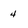
Character: 4